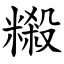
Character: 䊛